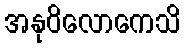
အနုဝိလောကေသိ